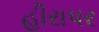
હીરાપર